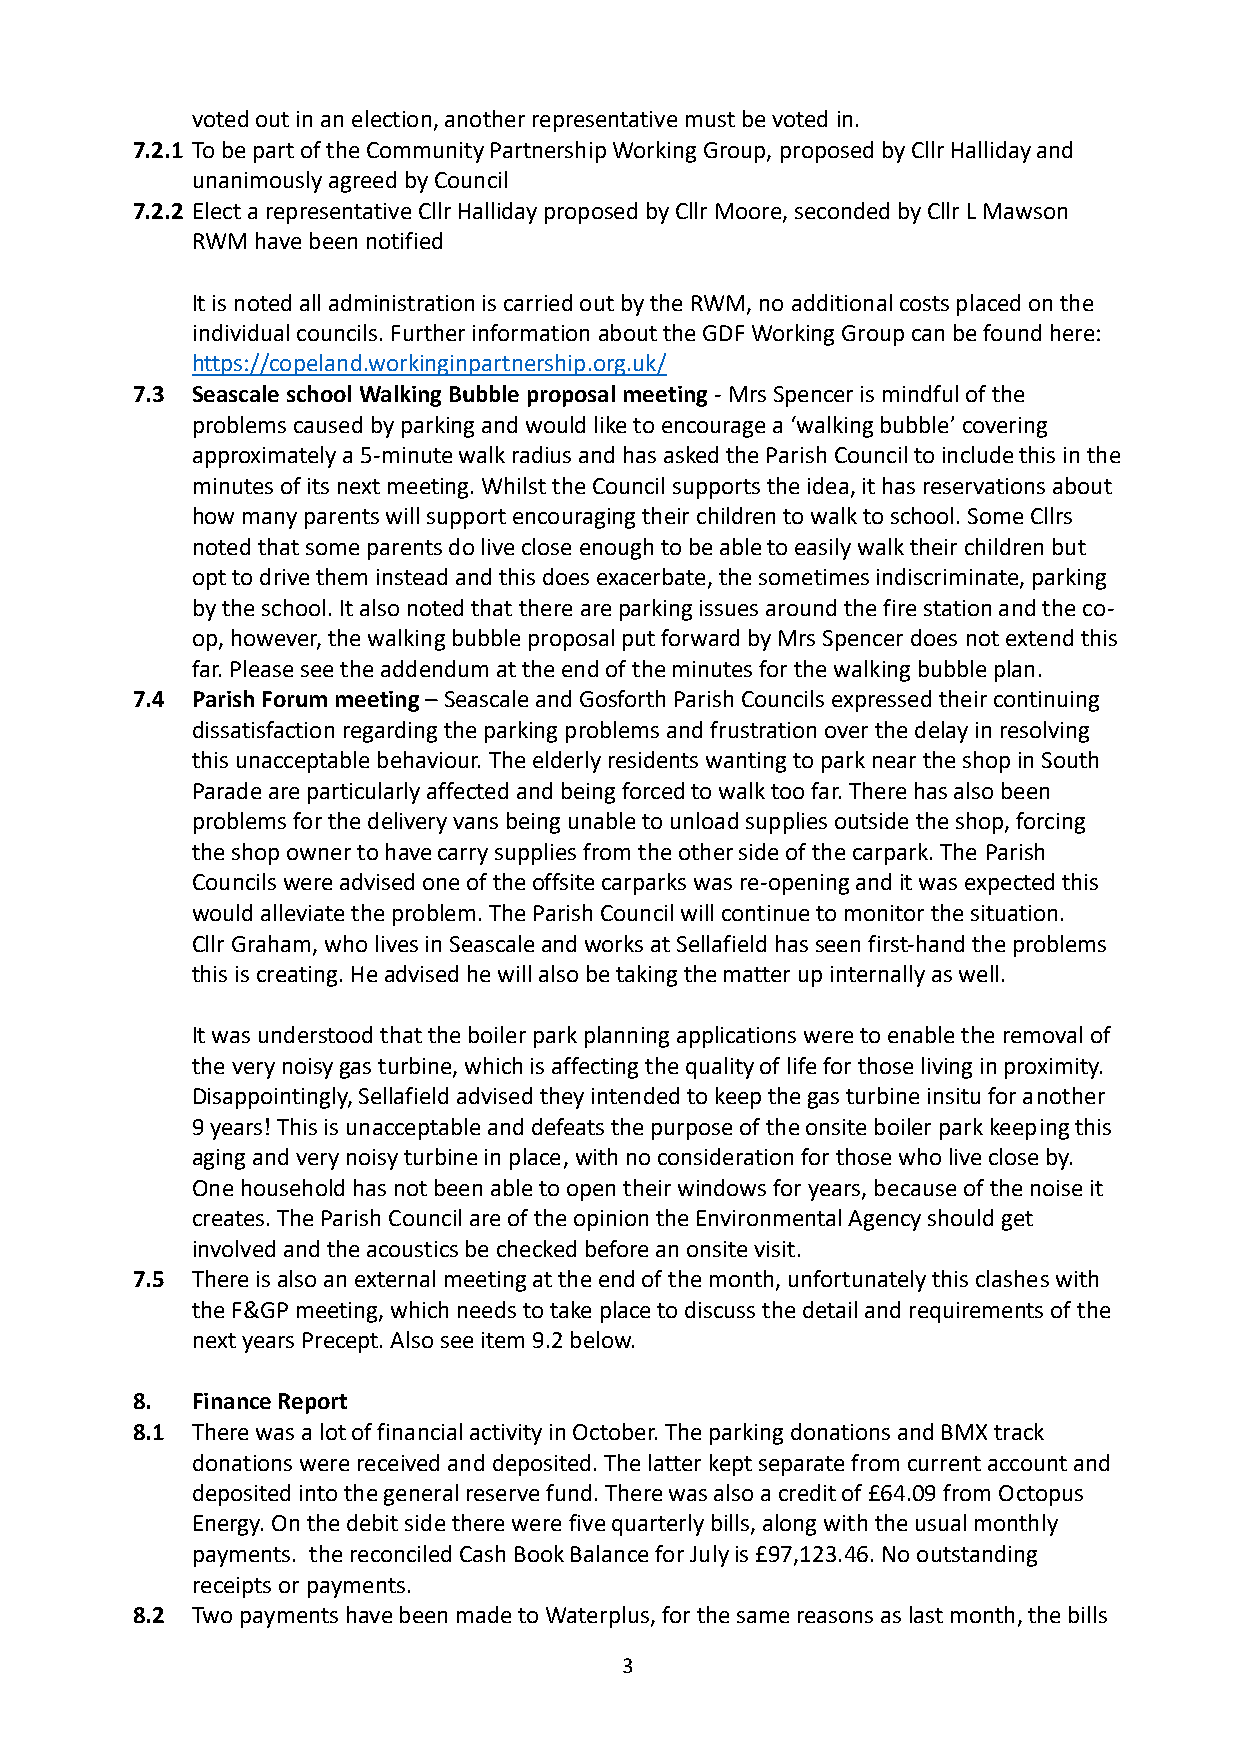
voted out in an election, another representative must be voted in.
 7.2.1 To be part of the Community Partnership Working Group, proposed by Cllr Halliday and
 unanimously agreed by Council
 7.2.2 Elect a representative Cllr Halliday proposed by Cllr Moore, seconded by Cllr L Mawson
 RWM have been notified
 It is noted all administration is carried out by the RWM, no additional costs placed on the
 individual councils. Further information about the GDF Working Group can be found here:
 https://copeland.workinginpartnership.org.uk/
 7.3 Seascale school Walking Bubble proposal meeting - Mrs Spencer is mindful of the
 problems caused by parking and would like to encourage a ‘walking bubble’ covering
 approximately a 5-minute walk radius and has asked the Parish Council to include this in the
 minutes of its next meeting. Whilst the Council supports the idea, it has reservations about
 how many parents will support encouraging their children to walk to school. Some Cllrs
 noted that some parents do live close enough to be able to easily walk their children but
 opt to drive them instead and this does exacerbate, the sometimes indiscriminate, parking
 by the school. It also noted that there are parking issues around the fire station and the co-
 op, however, the walking bubble proposal put forward by Mrs Spencer does not extend this
 far. Please see the addendum at the end of the minutes for the walking bubble plan.
 7.4 Parish Forum meeting – Seascale and Gosforth Parish Councils expressed their continuing
 dissatisfaction regarding the parking problems and frustration over the delay in resolving
 this unacceptable behaviour. The elderly residents wanting to park near the shop in South
 Parade are particularly affected and being forced to walk too far. There has also been
 problems for the delivery vans being unable to unload supplies outside the shop, forcing
 the shop owner to have carry supplies from the other side of the carpark. The Parish
 Councils were advised one of the offsite carparks was re-opening and it was expected this
 would alleviate the problem. The Parish Council will continue to monitor the situation.
 Cllr Graham, who lives in Seascale and works at Sellafield has seen first-hand the problems
 this is creating. He advised he will also be taking the matter up internally as well.
 It was understood that the boiler park planning applications were to enable the removal of
 the very noisy gas turbine, which is affecting the quality of life for those living in proximity.
 Disappointingly, Sellafield advised they intended to keep the gas turbine insitu for another
 9 years! This is unacceptable and defeats the purpose of the onsite boiler park keeping this
 aging and very noisy turbine in place, with no consideration for those who live close by.
 One household has not been able to open their windows for years, because of the noise it
 creates. The Parish Council are of the opinion the Environmental Agency should get
 involved and the acoustics be checked before an onsite visit.
 7.5 There is also an external meeting at the end of the month, unfortunately this clashes with
 the F&GP meeting, which needs to take place to discuss the detail and requirements of the
 next years Precept. Also see item 9.2 below.
 8.  Finance Report
 8.1 There was a lot of financial activity in October. The parking donations and BMX track
 donations were received and deposited. The latter kept separate from current account and
 deposited into the general reserve fund. There was also a credit of £64.09 from Octopus
 Energy. On the debit side there were five quarterly bills, along with the usual monthly
 payments. the reconciled Cash Book Balance for July is £97,123.46. No outstanding
 receipts or payments.
 8.2 Two payments have been made to Waterplus, for the same reasons as last month, the bills
 3